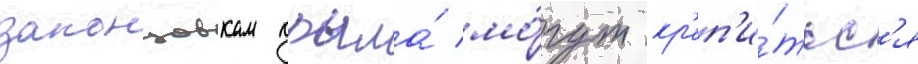
законцовкам крыла́ мо́гут кр'еп'и́тьс'я